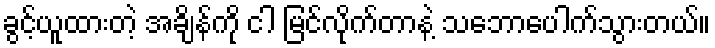
ခွင့်ယူထားတဲ့ အချိန်ကို ငါ မြင်လိုက်တာနဲ့ သဘောပေါက်သွားတယ်။